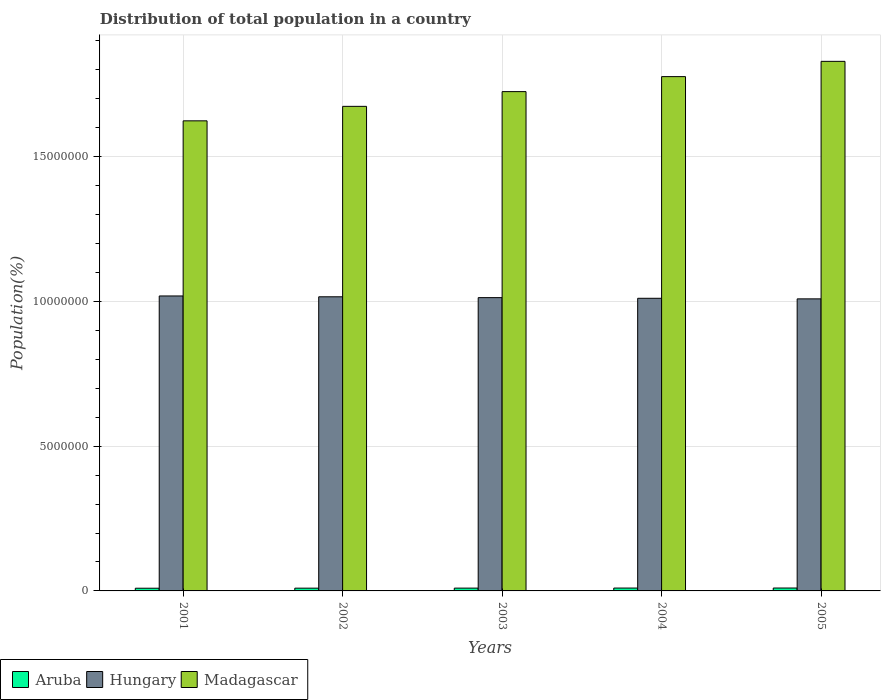
| Years | Aruba | Hungary | Madagascar |
 | --- | --- | --- | --- |
 | 2001 | 9.29e+04 | 1.02e+07 | 1.62e+07 |
 | 2002 | 9.5e+04 | 1.02e+07 | 1.67e+07 |
 | 2003 | 9.7e+04 | 1.01e+07 | 1.72e+07 |
 | 2004 | 9.87e+04 | 1.01e+07 | 1.78e+07 |
 | 2005 | 1e+05 | 1.01e+07 | 1.83e+07 |